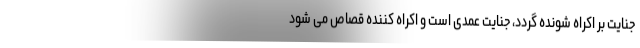
جنایت بر اکراه شونده گردد، جنایت عمدی است و اکراه کننده قصاص می شود